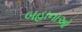
બહાનાઓ